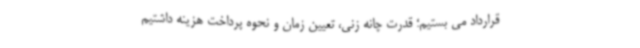
قرارداد می بستیم؛ قدرت چانه زنی، تعیین زمان و نحوه پرداخت هزینه داشتیم